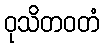
ဝုသိတဝတံ